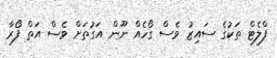
ފްލެޓް ތަކުގެ ސައިޒު ވެސް ގޯހެއް ނޫން އަގުތަށް ވެސް އަތް ފޯރާ